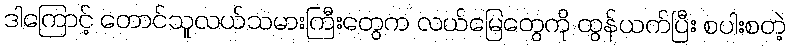
ဒါကြောင့် တောင်သူလယ်သမားကြီးတွေက လယ်မြေတွေကို ထွန်ယက်ပြီး စပါးစတဲ့